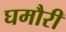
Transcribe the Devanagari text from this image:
घमौरी